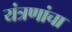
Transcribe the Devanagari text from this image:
यंत्रणांचा